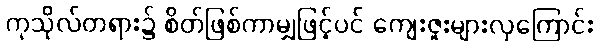
ကုသိုလ်တရား၌ စိတ်ဖြစ်ကာမျှဖြင့်ပင် ကျေးဇူးများလှကြောင်း